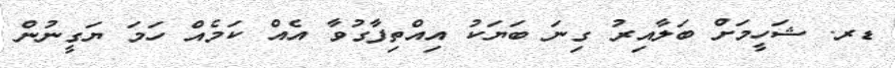
ޑރ. ޝަހީމަށް ބަލާއިރު ގިނަ ބަޔަކު އިއްތިފާގުވާ އެއް ކަމެއް ހަމަ ޔަގީނުން